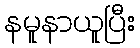
နမူနာယူပြီး